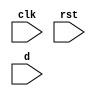
module undetval(input clk, input rst, input [7:0] d);

reg [7:0] r0;
reg [7:0] r1;
reg [7:0] r2;
reg [7:0] r3;
reg [7:0] r4;


wire [7:0] res1;
wire [7:0] res2;
wire [7:0] res3;
wire [7:0] res4;
wire [7:0] res5;

assign res1 = d;
assign res2 = d;
assign res3 = d + 1;
assign res4 = d << 2;
assign res5 = d << 3;


always @(posedge clk) begin 
  r0 <= res1 + 1;
  r1 <= res2 + 2;
  r2 <= res3 + 3;
  r3 <= res4 + 4;
  r4 <= res5 + 5;
end

endmodule